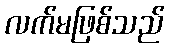
လက်မဖြစ်သည်